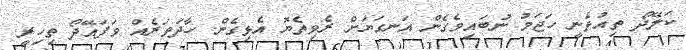
ކަލޭދޯ ތިއުޅެނީ ހަޖަމު ނުބައިވެގެން އަނގަޔަށް ރެވިތެޔޮ އެޅިގެން. ހާދަވަރެއް ވަފައޭދޯ ތިހިރީ.